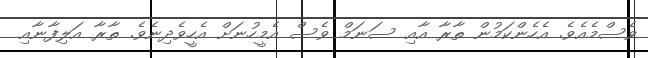
ވެސްމެއެވެ. އެހެންކަމުން ތާރާ އާއި ސަނަމް ވެސް އެމީހުނަށް އެހީވެދިނެވެ. ތާރާ އަލިފާނާއި